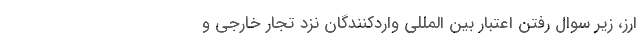
ارز، زیر سوال رفتن اعتبار بین المللی واردکنندگان نزد تجار خارجی و